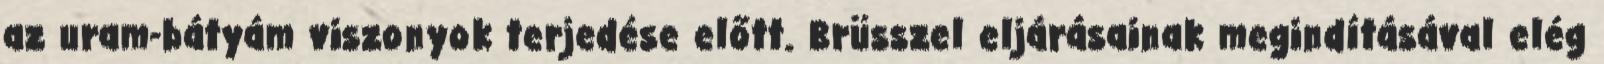
az uram-bátyám viszonyok terjedése előtt. Brüsszel eljárásainak megindításával elég